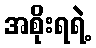
အစိုးရရဲ့